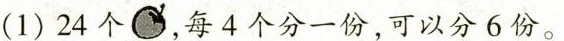
(1)24个，每4个分一份，可以分6份。